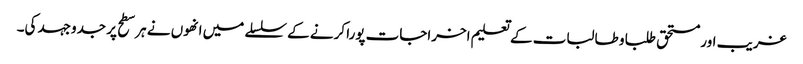
غریب اور مستحق طلبا و طالبات کے تعلیم اخراجات پورا کرنے کے سلسلے میں انھوں نے ہر سطح پر جدوجہد کی۔